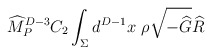
\begin{align*}{\widehat M}_P^{D-3} C_2 \int_\Sigma d^{D-1} x ~\rho\sqrt{-{\widehat G}} {\widehat R}\end{align*}